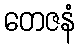
တေဇနံ